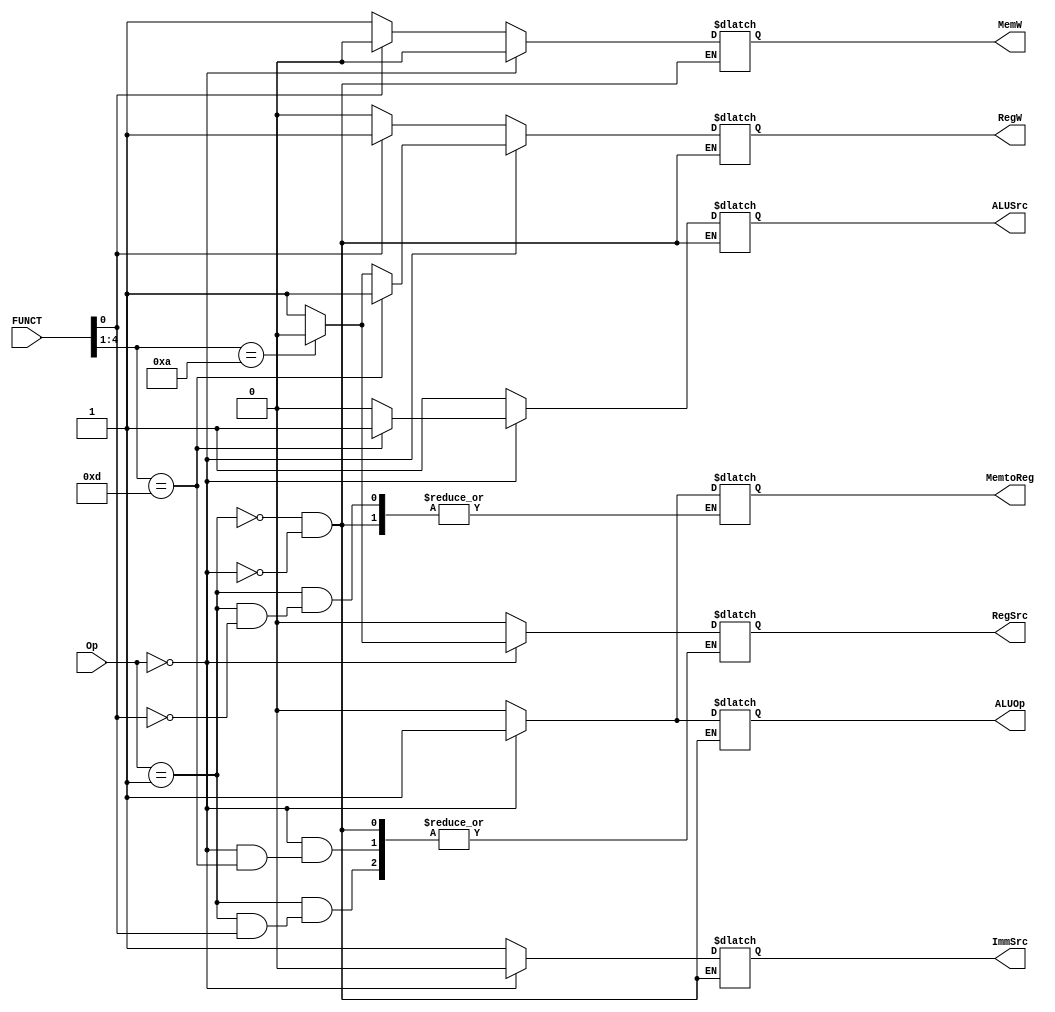
module MainDecoder(	Op,
							FUNCT,
							RegW,
							MemW,
							ALUSrc,
							MemtoReg,
							ImmSrc,
							RegSrc,
							ALUOp);
							
// All control signals are named as in lecture notes!

input [1:0] Op;

input [4:0] FUNCT;

output reg 	MemtoReg=0,
				ImmSrc=0,
				RegSrc=0,
				ALUOp=0,
				RegW=0,
				MemW=0,
				ALUSrc=0;

always @(*) begin
	case (Op)
	
		2'b01: begin		// Memory
					
					if(~FUNCT[0]) begin		//STR
					
						ImmSrc=1;
						
						RegSrc=0;
						
						ALUOp=0;	
						
						RegW=0;
						
						MemW=1;
						
						ALUSrc=1;
							
					end
					
					else begin					//LDR
					
						MemtoReg=0;
						
						ImmSrc=1;
						
						ALUOp=0;
						
						RegW=1;
						
						MemW=0;
						
						ALUSrc=1;

					end
					
				end
		 
		2'b00: begin	//Data Processing		
		
				ImmSrc=0;
						
				ALUOp=1;	
						
				MemW=0;
						
				MemtoReg=1;
						
						if(FUNCT[4:1]==4'b1101) begin		//SHIFT
						
							RegW=1;
							
							ALUSrc=1;

						end
						
						else if (FUNCT[4:1]==4'b1010) begin		// CMP

							RegSrc=0;
							
							ALUSrc=0;
							
							RegW=0;
							
						end
							
						else begin		// If niether of them
						
							RegW=1;
							
							RegSrc=1;
							
							ALUSrc=0;
							
						end
				end
				
	endcase
	
end

endmodule